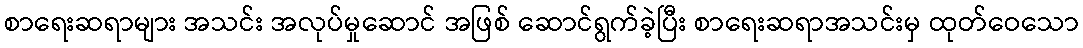
စာရေးဆရာများ အသင်း အလုပ်မှုဆောင် အဖြစ် ဆောင်ရွက်ခဲ့ပြီး စာရေးဆရာအသင်းမှ ထုတ်ဝေသော